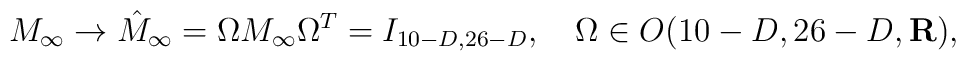
M_{\infty}\to \hat{M}_{\infty}=\Omega M_{\infty}\Omega^T =I_{10-D,26-D}, \ \ \ \Omega\in O(10-D,26-D,{\bf R}),